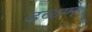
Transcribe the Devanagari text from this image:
ढळणे